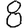
Digit: 8